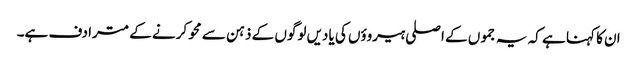
ان کا کہنا ہے کہ یہ جموں کے اصلی ہیروؤں کی یادیں لوگوں کے ذہن سے محو کرنے کے مترادف ہے۔